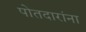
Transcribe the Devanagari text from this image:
पोतदारांना